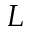
L